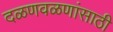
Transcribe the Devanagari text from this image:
दळणवळणांसाठी